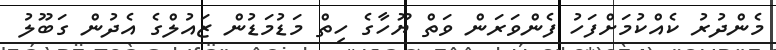
މެންދުރު ކެއްކުމަށްފަހު ފެންވަރަން ވަތް ޔޫހާގެ ހިތް މަޑުމަޑުން ޒައުލްގެ އެދުން ގަބޫލު